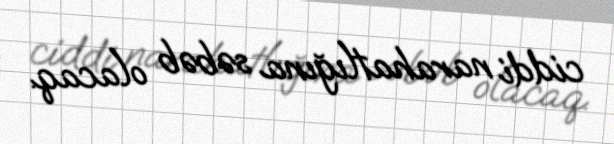
ciddi narahatlığına səbəb olacaq.